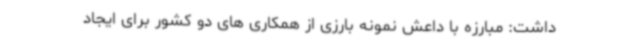
داشت: مبارزه با داعش نمونه بارزی از همکاری های دو کشور برای ایجاد